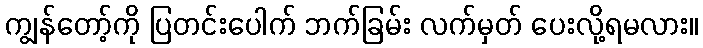
ကျွန်တော့်ကို ပြတင်းပေါက် ဘက်ခြမ်း လက်မှတ် ပေးလို့ရမလား။